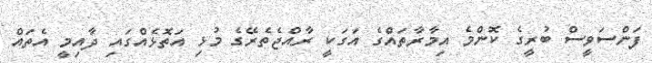
ފަންސަވީސް ބުރީގެ ކޮންމެ އިމާރާތައެްގެ އަގަކީ ރާއްޖެތެރޭގެ މުޅި އަތޮޅެއްގައި ދާއިމީ އެތައް